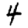
Digit: 4